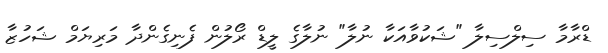
ޑްރާމާ ސިލްސިލާ "ޝަކުވާއަކާ ނުލާ" ނުލާގެ ލީޑް ރޯލުން ފެނިގެންދާ މަރިޔަމް ޝަހުޒާ